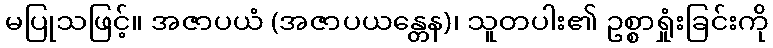
မပြုသဖြင့်။ အဇာပယံ (အဇာပယန္တေန)၊ သူတပါး၏ ဥစ္စာရှုံးခြင်းကို